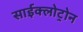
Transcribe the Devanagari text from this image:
साईक्लोट्रोन